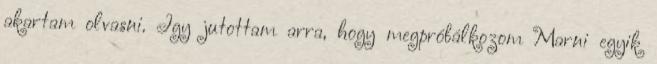
akartam olvasni. Így jutottam arra, hogy megpróbálkozom Marni egyik